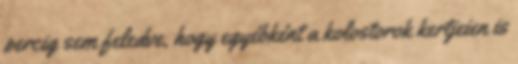
percig sem feledve, hogy egyébként a kolostorok kertjeien is